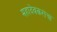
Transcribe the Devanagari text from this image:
महादेवकरांचा